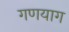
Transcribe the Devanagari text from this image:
गणयाग